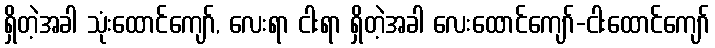
ရှိတဲ့အခါ သုံးထောင်ကျော်, လေးရာ ငါးရာ ရှိတဲ့အခါ လေးထောင်ကျော်-ငါးထောင်ကျော်